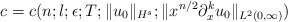
\begin{align*} c = c(n; l; \epsilon; T; \|u_0\|_{H^s}; \|x^{n/2}\partial_x^ku_0\|_{L^2(0,\infty)})\end{align*}